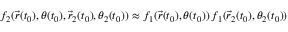
f _ { 2 } ( \vec { r } ( t _ { 0 } ) , \theta ( t _ { 0 } ) , \vec { r } _ { 2 } ( t _ { 0 } ) , \theta _ { 2 } ( t _ { 0 } ) ) \approx f _ { 1 } ( \vec { r } ( t _ { 0 } ) , \theta ( t _ { 0 } ) ) \, f _ { 1 } ( \vec { r } _ { 2 } ( t _ { 0 } ) , \theta _ { 2 } ( t _ { 0 } ) )